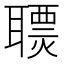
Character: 𦗩